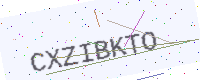
Text: CXZIBKTO